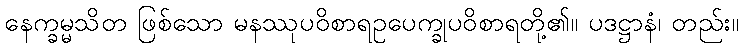
နေက္ခမ္မသိတ ဖြစ်သော မနဿုပဝိစာရဥပေက္ခုပဝိစာရတို့၏။ ပဒဋ္ဌာနံ၊ တည်း။